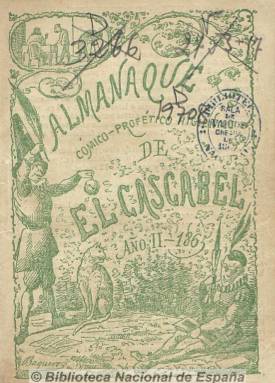
Título: Almanaque cómico-profético-higiénico de El Cascabel
Otros títulos: Almanaque cómico profético higiénico de El Cascabel
Colección: Almanaques
Ámbito geográfico: Madrid
Lugar de publicación: Madrid
Fechas: 01/01/1865-31/12/1865

Contiene tarifas de correos y ferrocarriles, notas astronómicas, calendario con santoral y celebración de ferias y mercados para 1865, así como unas profecías cómicas para el mismo año. Incluye unas reglas y consejos de higiene y consumo, así como de jardinería, y de secretos de tocador dirigido a mujeres. Acompañado de algunos epigramas y versos e ilustraciones humorísticas. Es continuación del almanaque editado para 1864 por el periódico satírico El Cascabel, y es continuado por el editado para 1866, con el título de Almanaque político y literario de El Cascabel.